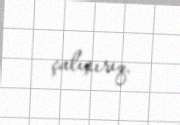
çalışırıq.